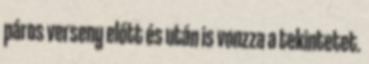
páros verseny előtt és után is vonzza a tekintetet.